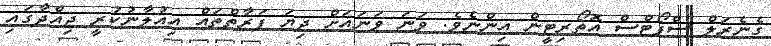
ގެނެރަލް ސްޕޯޓްސް އޮތޯރިޓީން އިންނެވެ. ވަނަ ވަނައަށް ދިޔަ ފަރާތްތައް އިއުލާނުކުރީ ޖިއްދާގައި